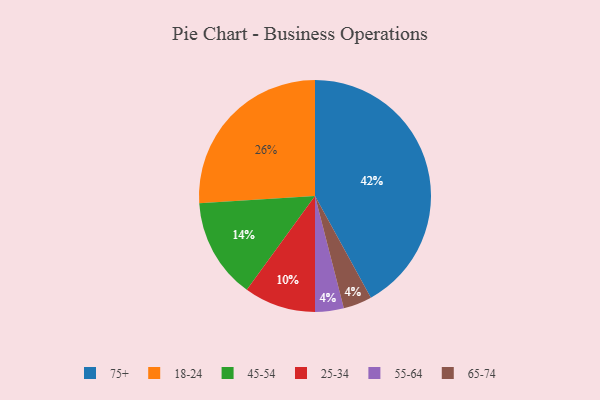
{"axis": {"x": "Category", "y": "Percentage"}, "legend": ["18-24", "25-34", "45-54", "55-64", "65-74", "75+"], "data": [{"x": "55-64", "y": 4, "type": "55-64"}, {"x": "65-74", "y": 4, "type": "65-74"}, {"x": "18-24", "y": 26, "type": "18-24"}, {"x": "25-34", "y": 10, "type": "25-34"}, {"x": "75+", "y": 42, "type": "75+"}, {"x": "45-54", "y": 14, "type": "45-54"}]}